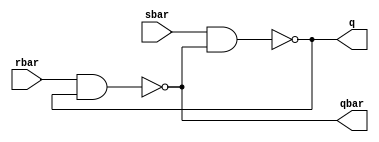
module sr_latch(q , qbar, sbar , rbar );
	output q , qbar;
	input sbar , rbar;

	nand n1(q  , sbar , qbar );
	nand n2(qbar , rbar, q );
endmodule 

module top;
	wire q , qbar ;
	reg set , reset ;
	sr_latch m1(q , qbar , set , reset );

	initial 
		begin 
			$monitor($time , "set = %b , reset = %b , q = %b \n", set , reset , q );
			set = 0 ;
			reset = 0 ;
			#5 reset = 1 ;
			#5 reset = 0 ;
			#5 set = 1 ;
		end 
endmodule